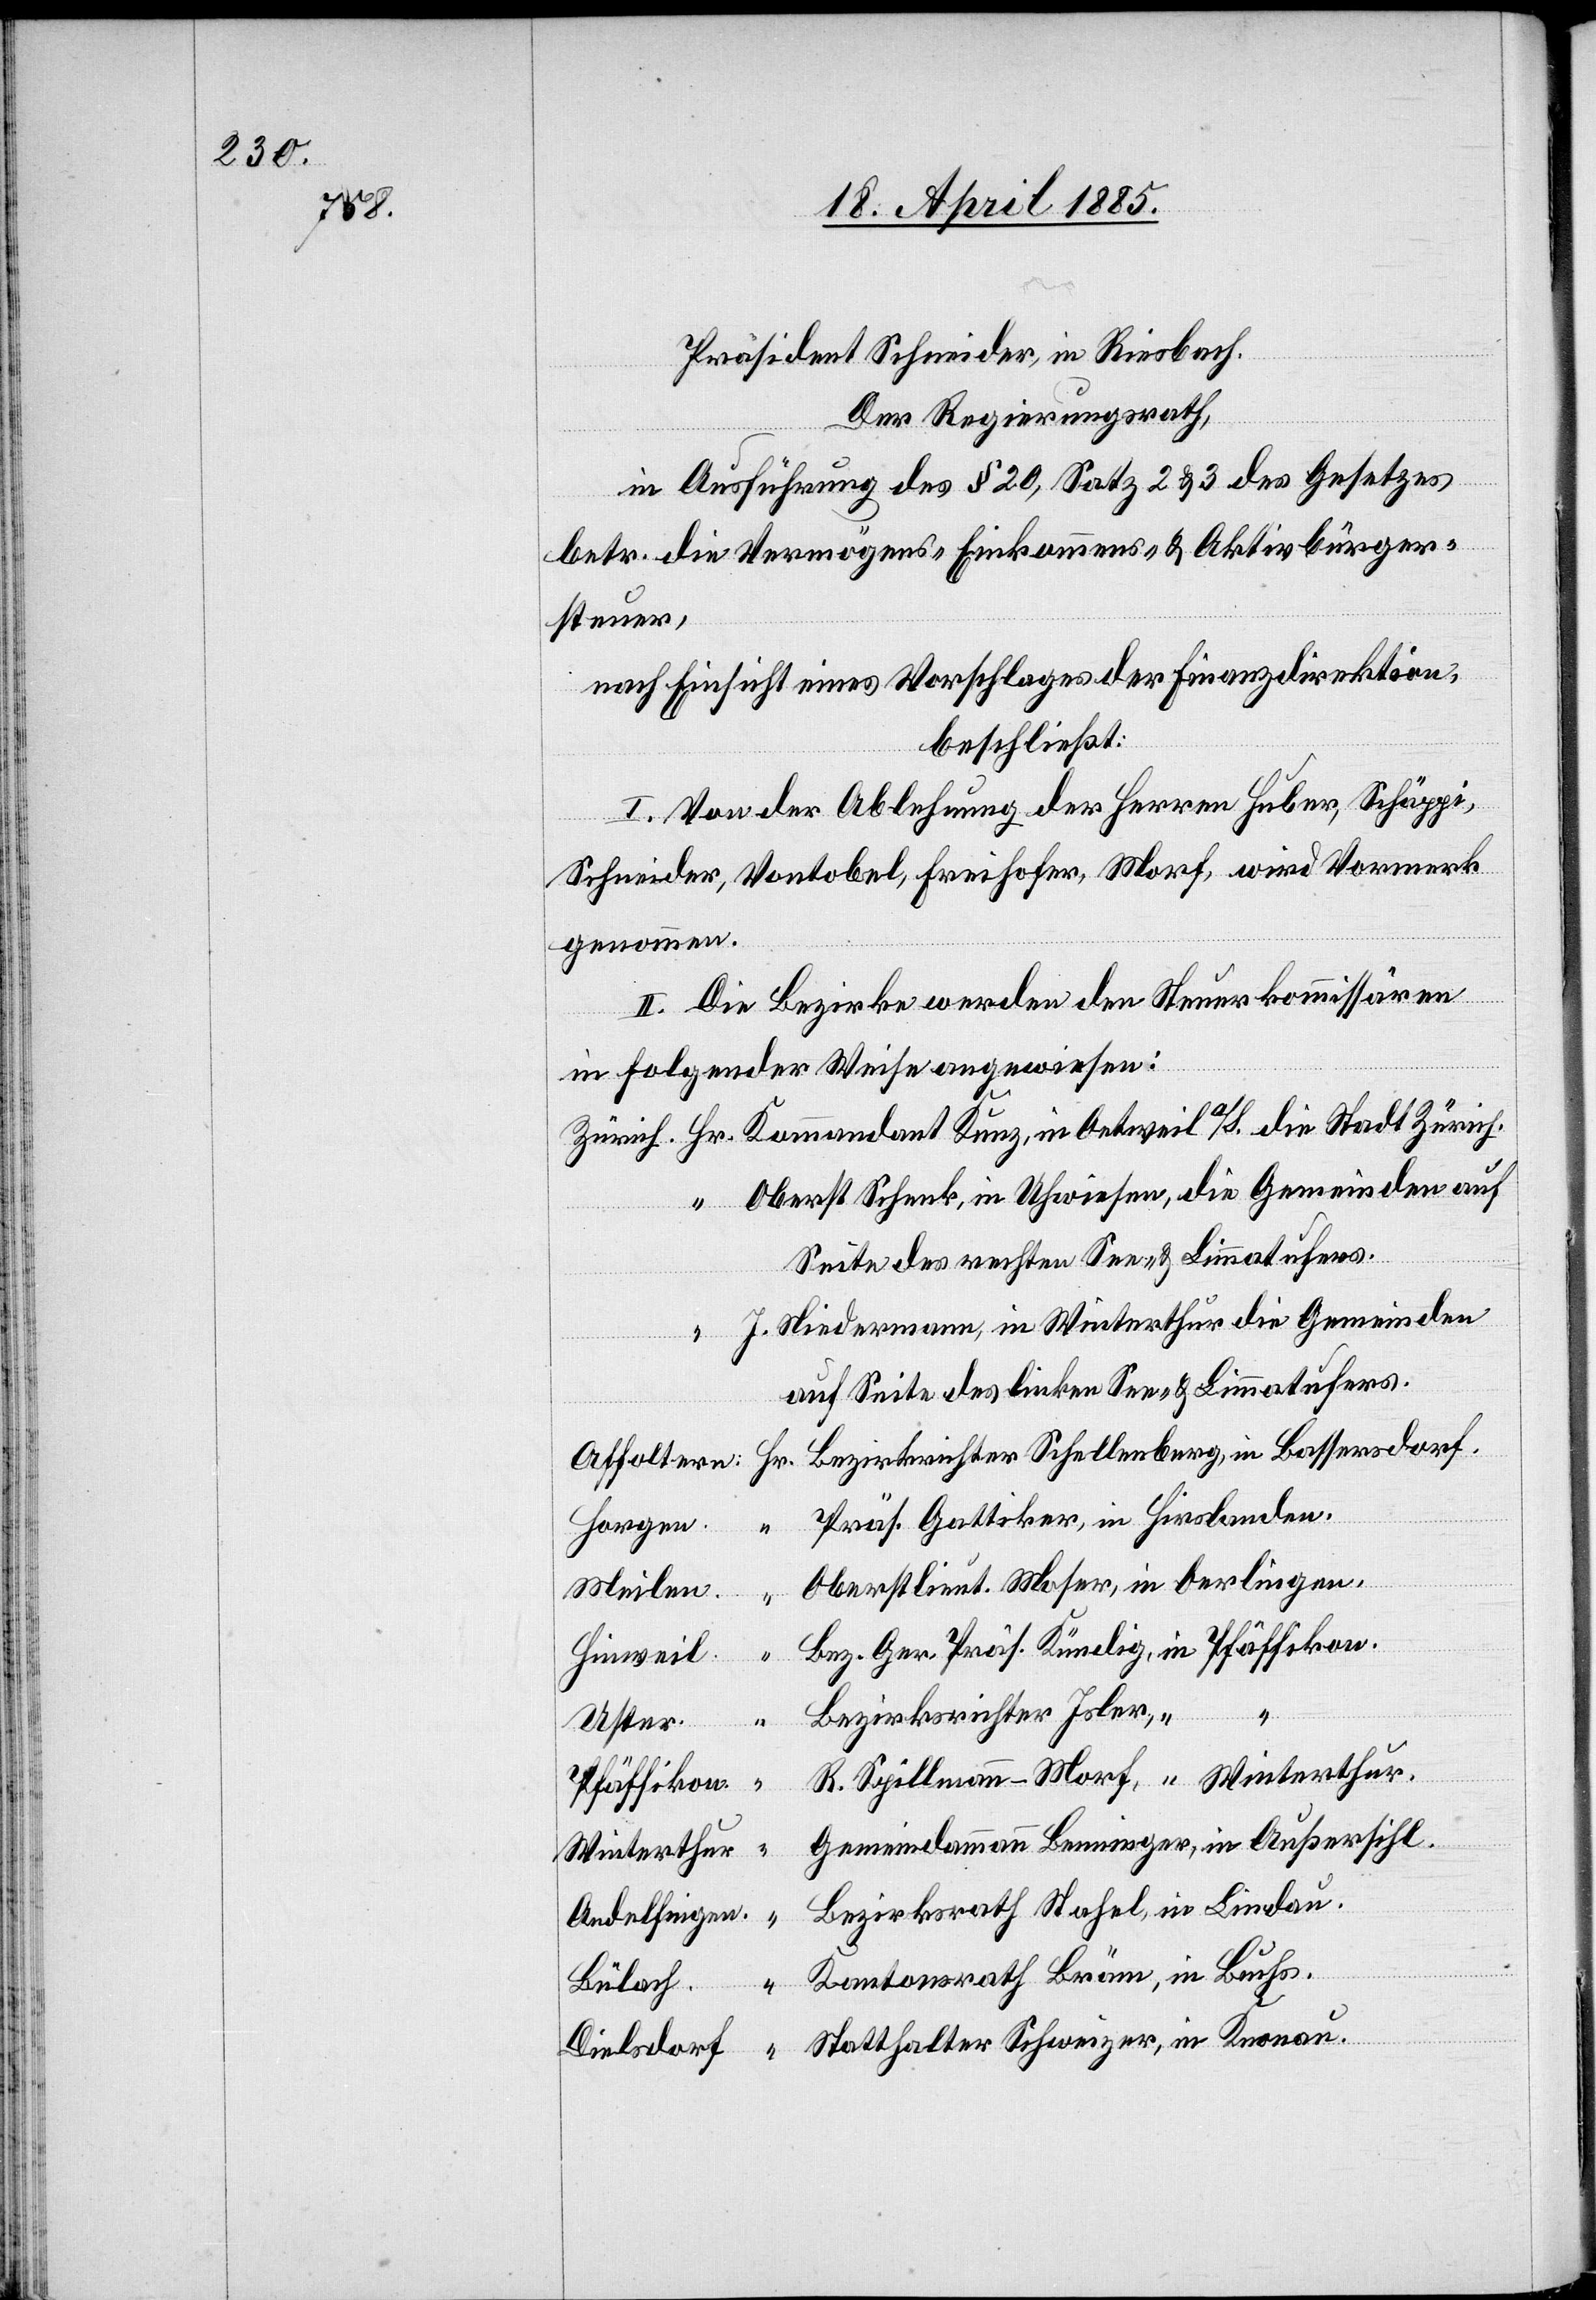
Präsident Schneider, in Riesbach.
Der Regierungsrath,
in Ausführung der § 20, Satz 2 & 3 des Gesetzes
betr. die Vermögens-[,] Einkommens- & Aktivbürger¬
steuer,
nach Einsicht eines Vorschlages der Finanzdirektion,
beschließt:
I. Von der Ablehnung der Herren Huber, Schäppi,
Schneider, Vontobel, Freihofer, Morf, wird Vormerk
genommen.
II. Die Bezirke werden den Steuerkommissären
in folgender Weise angewiesen:
Oberst Schenk, in Uhwiesen, die Gemeinden auf
Seite des rechten See- & Limmatufers.
J. Niedermann, in Winterthur die Gemeinden
auf Seite des linken See- & Limmatufers.
Präs. Gattiker, in Hirslanden.
Oberstlieut. Moser, in Oerlingen.
Meilen:
Hinweil:
lman¬
Bezirksrichter Schel¬
Uster.
Hr.
Pfäffikon
Gemeindeammann Benninger, in Außersihl.
Winterthur.
Andelfingen
Buchs.
Statthalter Schweizer, in Knonau.
Dielsdorf

“

in